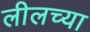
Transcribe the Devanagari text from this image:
लीलच्या